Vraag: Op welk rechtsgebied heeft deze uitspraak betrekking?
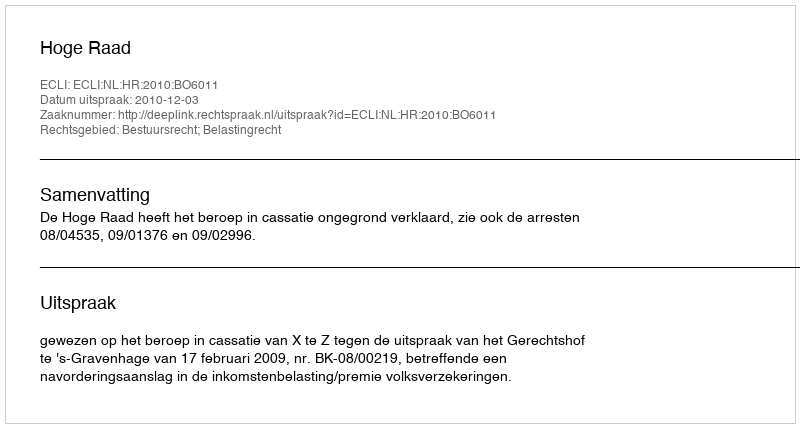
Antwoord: Bestuursrecht; Belastingrecht